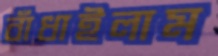
বাঁধাইলাম